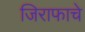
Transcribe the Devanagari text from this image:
जिराफाचे